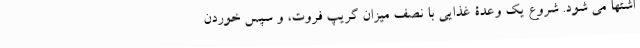
اشتها می شود. شروع یک وعدۀ غذایی با نصف میزان گریپ فروت، و سپس خوردن